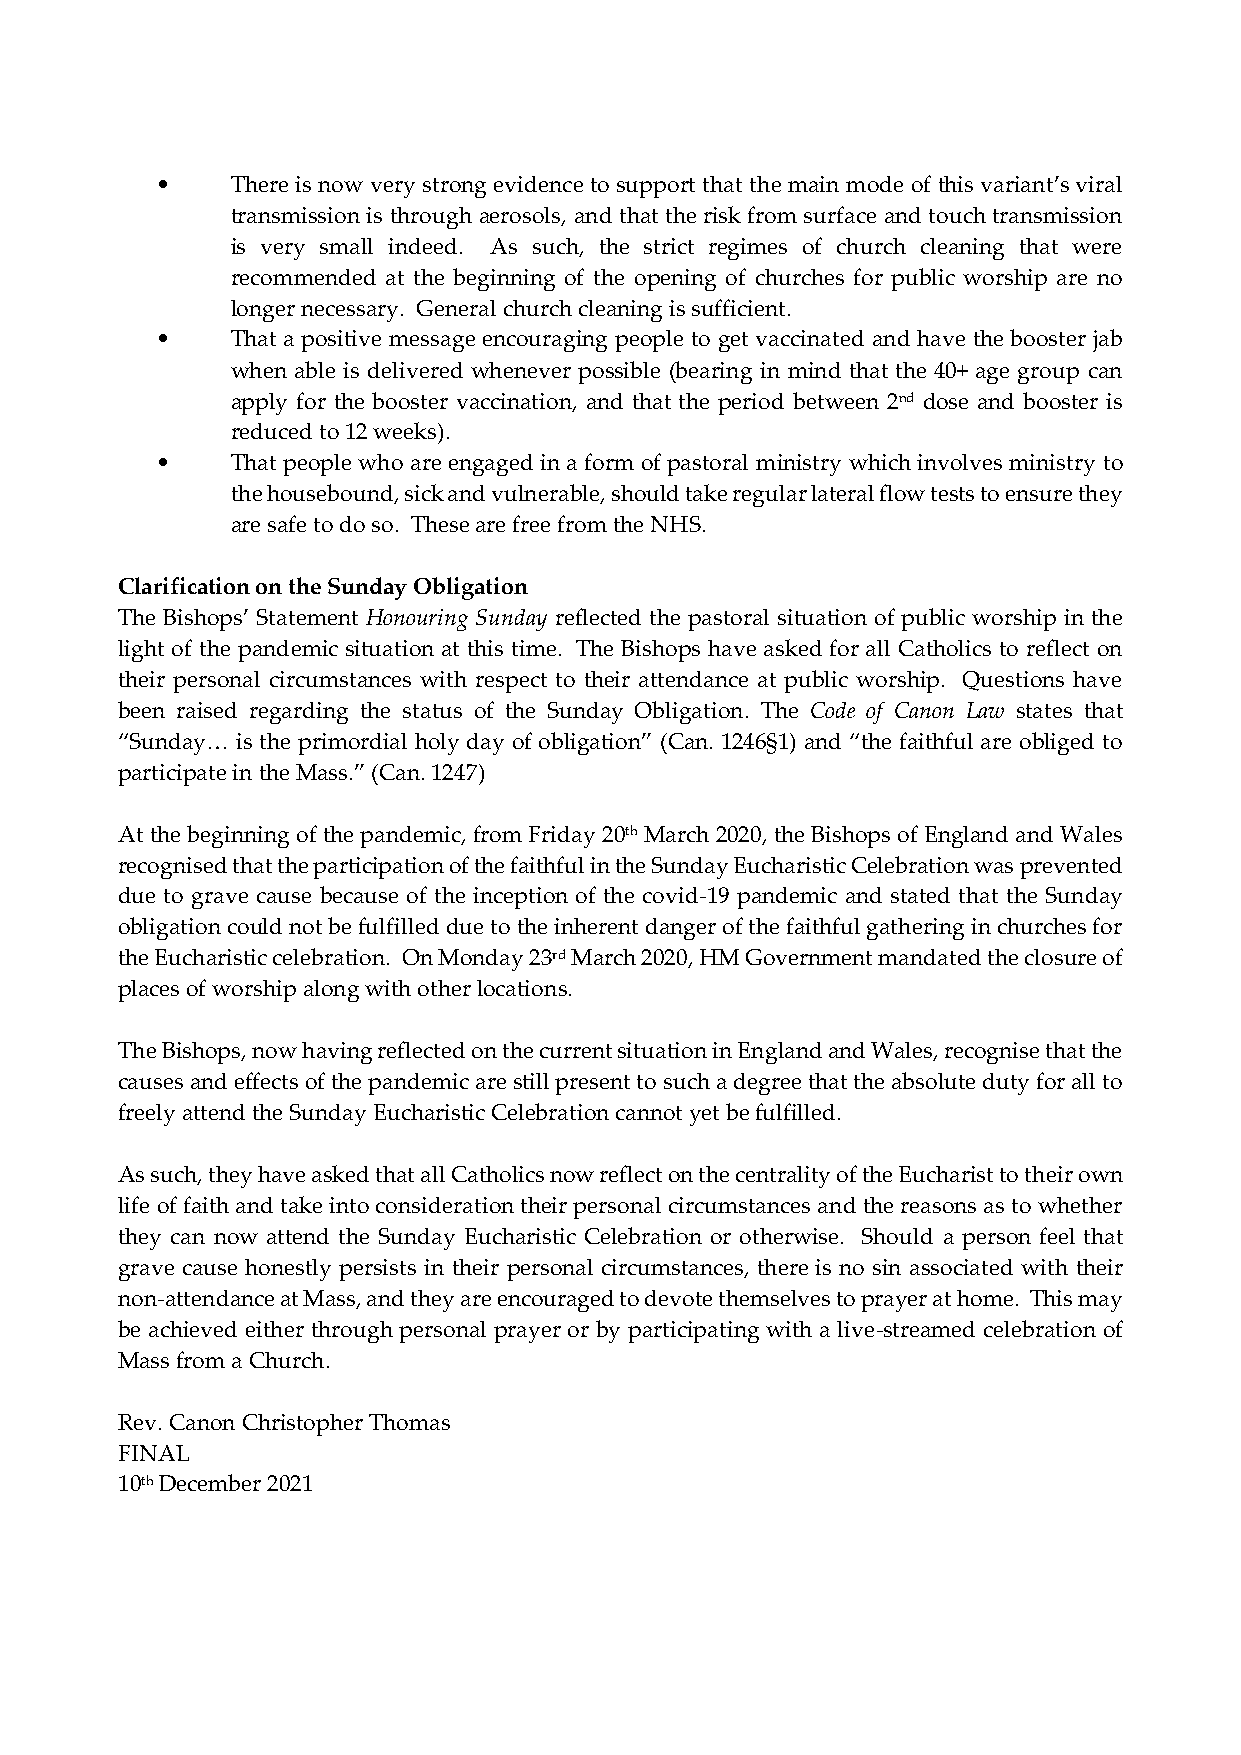
•    There is now very strong evidence to support that the main mode of this variant’s viral
 transmission is through aerosols, and that the risk from surface and touch transmission
 is very small indeed. As such, the strict regimes of church cleaning that were
 recommended at the beginning of the opening of churches for public worship are no
 longer necessary. General church cleaning is sufficient.
 •    That a positive message encouraging people to get vaccinated and have the booster jab
 when able is delivered whenever possible (bearing in mind that the 40+ age group can
 apply for the booster vaccination, and that the period between 2nd dose and booster is
 reduced to 12 weeks).
 •    That people who are engaged in a form of pastoral ministry which involves ministry to
 the housebound, sick and vulnerable, should take regular lateral flow tests to ensure they
 are safe to do so. These are free from the NHS.
 Clarification on the Sunday Obligation
 The Bishops’ Statement Honouring Sunday reflected the pastoral situation of public worship in the
 light of the pandemic situation at this time. The Bishops have asked for all Catholics to reflect on
 their personal circumstances with respect to their attendance at public worship. Questions have
 been raised regarding the status of the Sunday Obligation. The Code of Canon Law states that
 “Sunday… is the primordial holy day of obligation” (Can. 1246§1) and “the faithful are obliged to
 participate in the Mass.” (Can. 1247)
 At the beginning of the pandemic, from Friday 20th March 2020, the Bishops of England and Wales
 recognised that the participation of the faithful in the Sunday Eucharistic Celebration was prevented
 due to grave cause because of the inception of the covid-19 pandemic and stated that the Sunday
 obligation could not be fulfilled due to the inherent danger of the faithful gathering in churches for
 the Eucharistic celebration. On Monday 23rd March 2020, HM Government mandated the closure of
 places of worship along with other locations.
 The Bishops, now having reflected on the current situation in England and Wales, recognise that the
 causes and effects of the pandemic are still present to such a degree that the absolute duty for all to
 freely attend the Sunday Eucharistic Celebration cannot yet be fulfilled.
 As such, they have asked that all Catholics now reflect on the centrality of the Eucharist to their own
 life of faith and take into consideration their personal circumstances and the reasons as to whether
 they can now attend the Sunday Eucharistic Celebration or otherwise. Should a person feel that
 grave cause honestly persists in their personal circumstances, there is no sin associated with their
 non-attendance at Mass, and they are encouraged to devote themselves to prayer at home. This may
 be achieved either through personal prayer or by participating with a live-streamed celebration of
 Mass from a Church.
 Rev. Canon Christopher Thomas
 FINAL
 10th December 2021